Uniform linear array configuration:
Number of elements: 8
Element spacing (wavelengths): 1
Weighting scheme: hamming
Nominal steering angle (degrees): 30
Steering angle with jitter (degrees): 29.305
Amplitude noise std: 0.05
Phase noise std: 0.05

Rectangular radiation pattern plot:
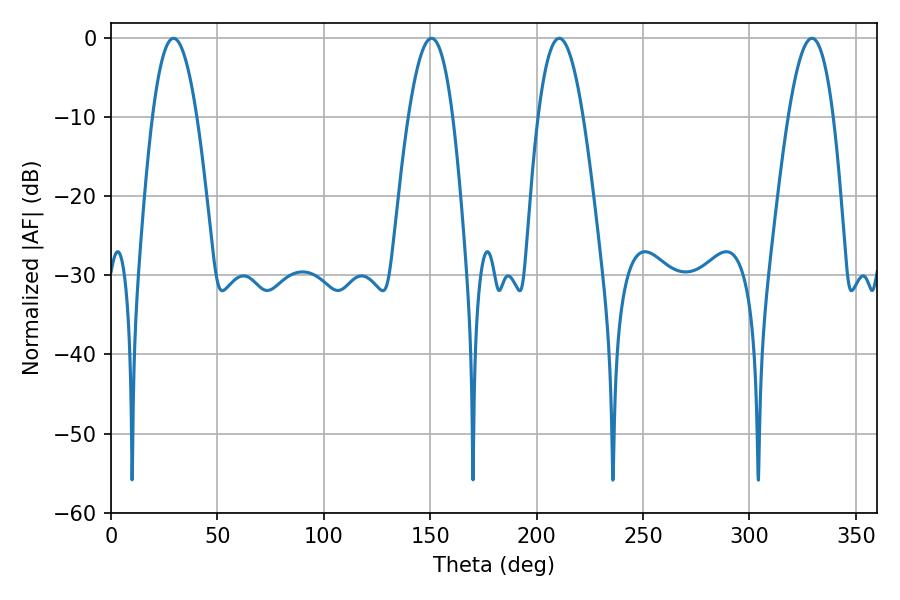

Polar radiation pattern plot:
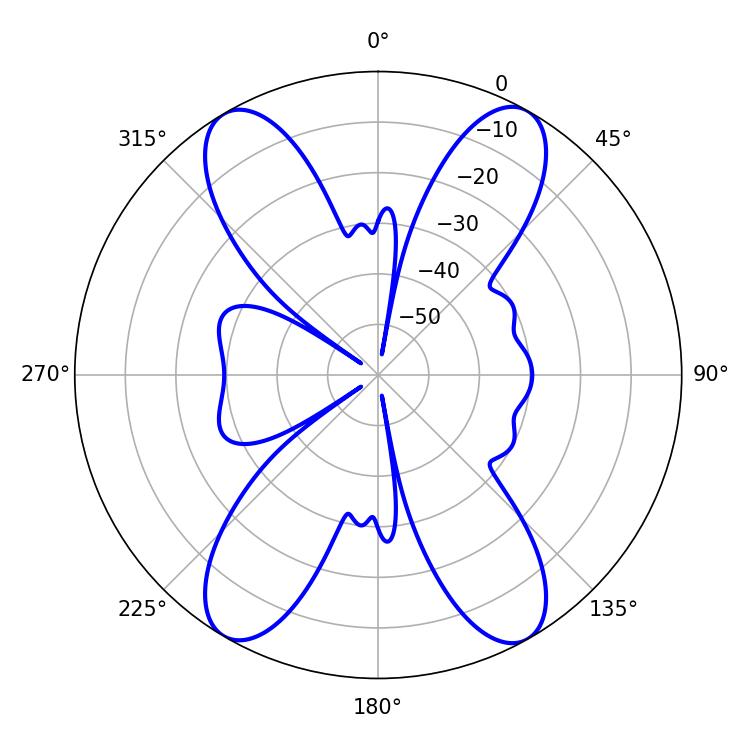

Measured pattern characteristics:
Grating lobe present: TRUE
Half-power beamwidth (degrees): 11.52
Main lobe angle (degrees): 210.6